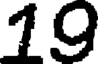
19